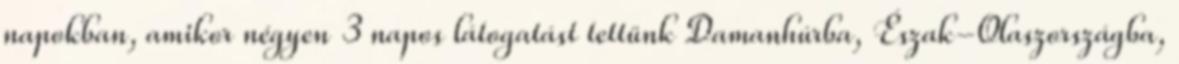
napokban, amikor négyen 3 napos látogatást tettünk Damanhúrba, Észak-Olaszországba,